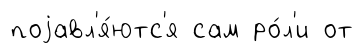
поjавл'я́ютс'я сам ро́л'и от